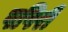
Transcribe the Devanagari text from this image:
पपिरी